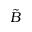
\tilde { B }